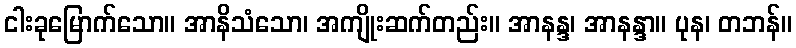
ငါးခုမြောက်သော။ အာနိသံသော၊ အကျိုးဆက်တည်း။ အာနန္ဒ၊ အာနန္ဒာ။ ပုန၊ တဘန်။